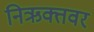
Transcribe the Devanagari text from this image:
निऋक्तवर